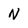
Character: N